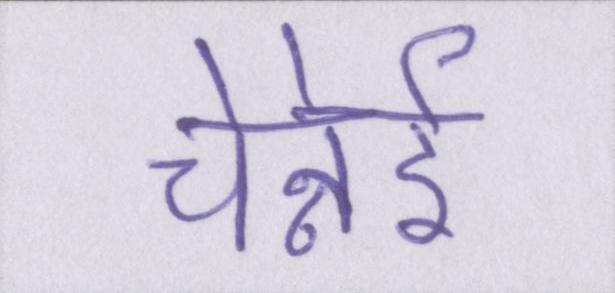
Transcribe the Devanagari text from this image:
चेन्नेई